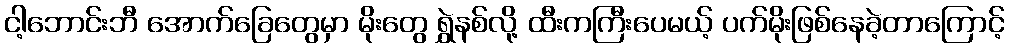
ငါ့ဘောင်းဘီ အောက်ခြေတွေမှာ မိုးတွေ ရွှဲနစ်လို့ ထီးကကြီးပေမယ့် ပက်မိုးဖြစ်နေခဲ့တာကြောင့်